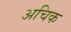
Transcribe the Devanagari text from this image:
अचिक